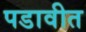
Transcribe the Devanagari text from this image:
पडावीत